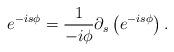
LaTeX: \begin{align*}e^{-is\phi}=\frac{1}{-i\phi}\partial_{s}\left(e^{-is\phi}\right).\end{align*}